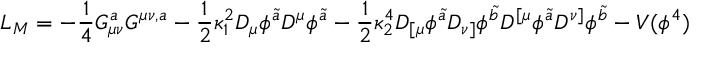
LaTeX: { \cal L } _ { M } = - \frac { 1 } { 4 } G _ { \mu \nu } ^ { a } G ^ { \mu \nu , a } - { \frac { 1 } { 2 } } \kappa _ { 1 } ^ { 2 } D _ { \mu } \phi ^ { \tilde { a } } D ^ { \mu } \phi ^ { \tilde { a } } - { \frac { 1 } { 2 } } \kappa _ { 2 } ^ { 4 } D _ { [ \mu } \phi ^ { \tilde { a } } D _ { \nu ] } \phi ^ { \tilde { b } } D ^ { [ \mu } \phi ^ { \tilde { a } } D ^ { \nu ] } \phi ^ { \tilde { b } } - V ( \phi ^ { 4 } ) \,